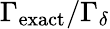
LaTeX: \Gamma_{\mathrm{exact}}/\Gamma_{\delta}